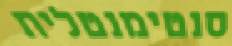
סנטימנטלית